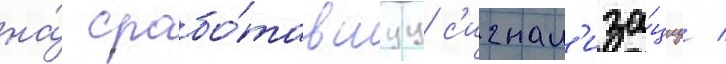
на́ срабо́тавшуу с'игнал'иза́циу /